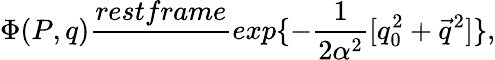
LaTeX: \Phi(P,q)\frac{restframe}{~~}exp\{ -\frac{1}{2\alpha^{2}}[q_{0}^{2}+\vec{q}^{2}]\} ,